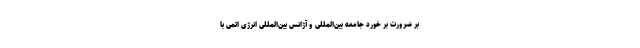
بر ضرورت بر خورد جامعه بین‌المللی و آژانس بین‌المللی انرژی اتمی با